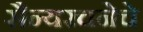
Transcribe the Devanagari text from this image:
सैन्यरचनेचे